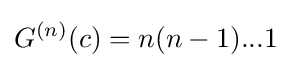
G^{(n)}(c)=n(n-1)...1